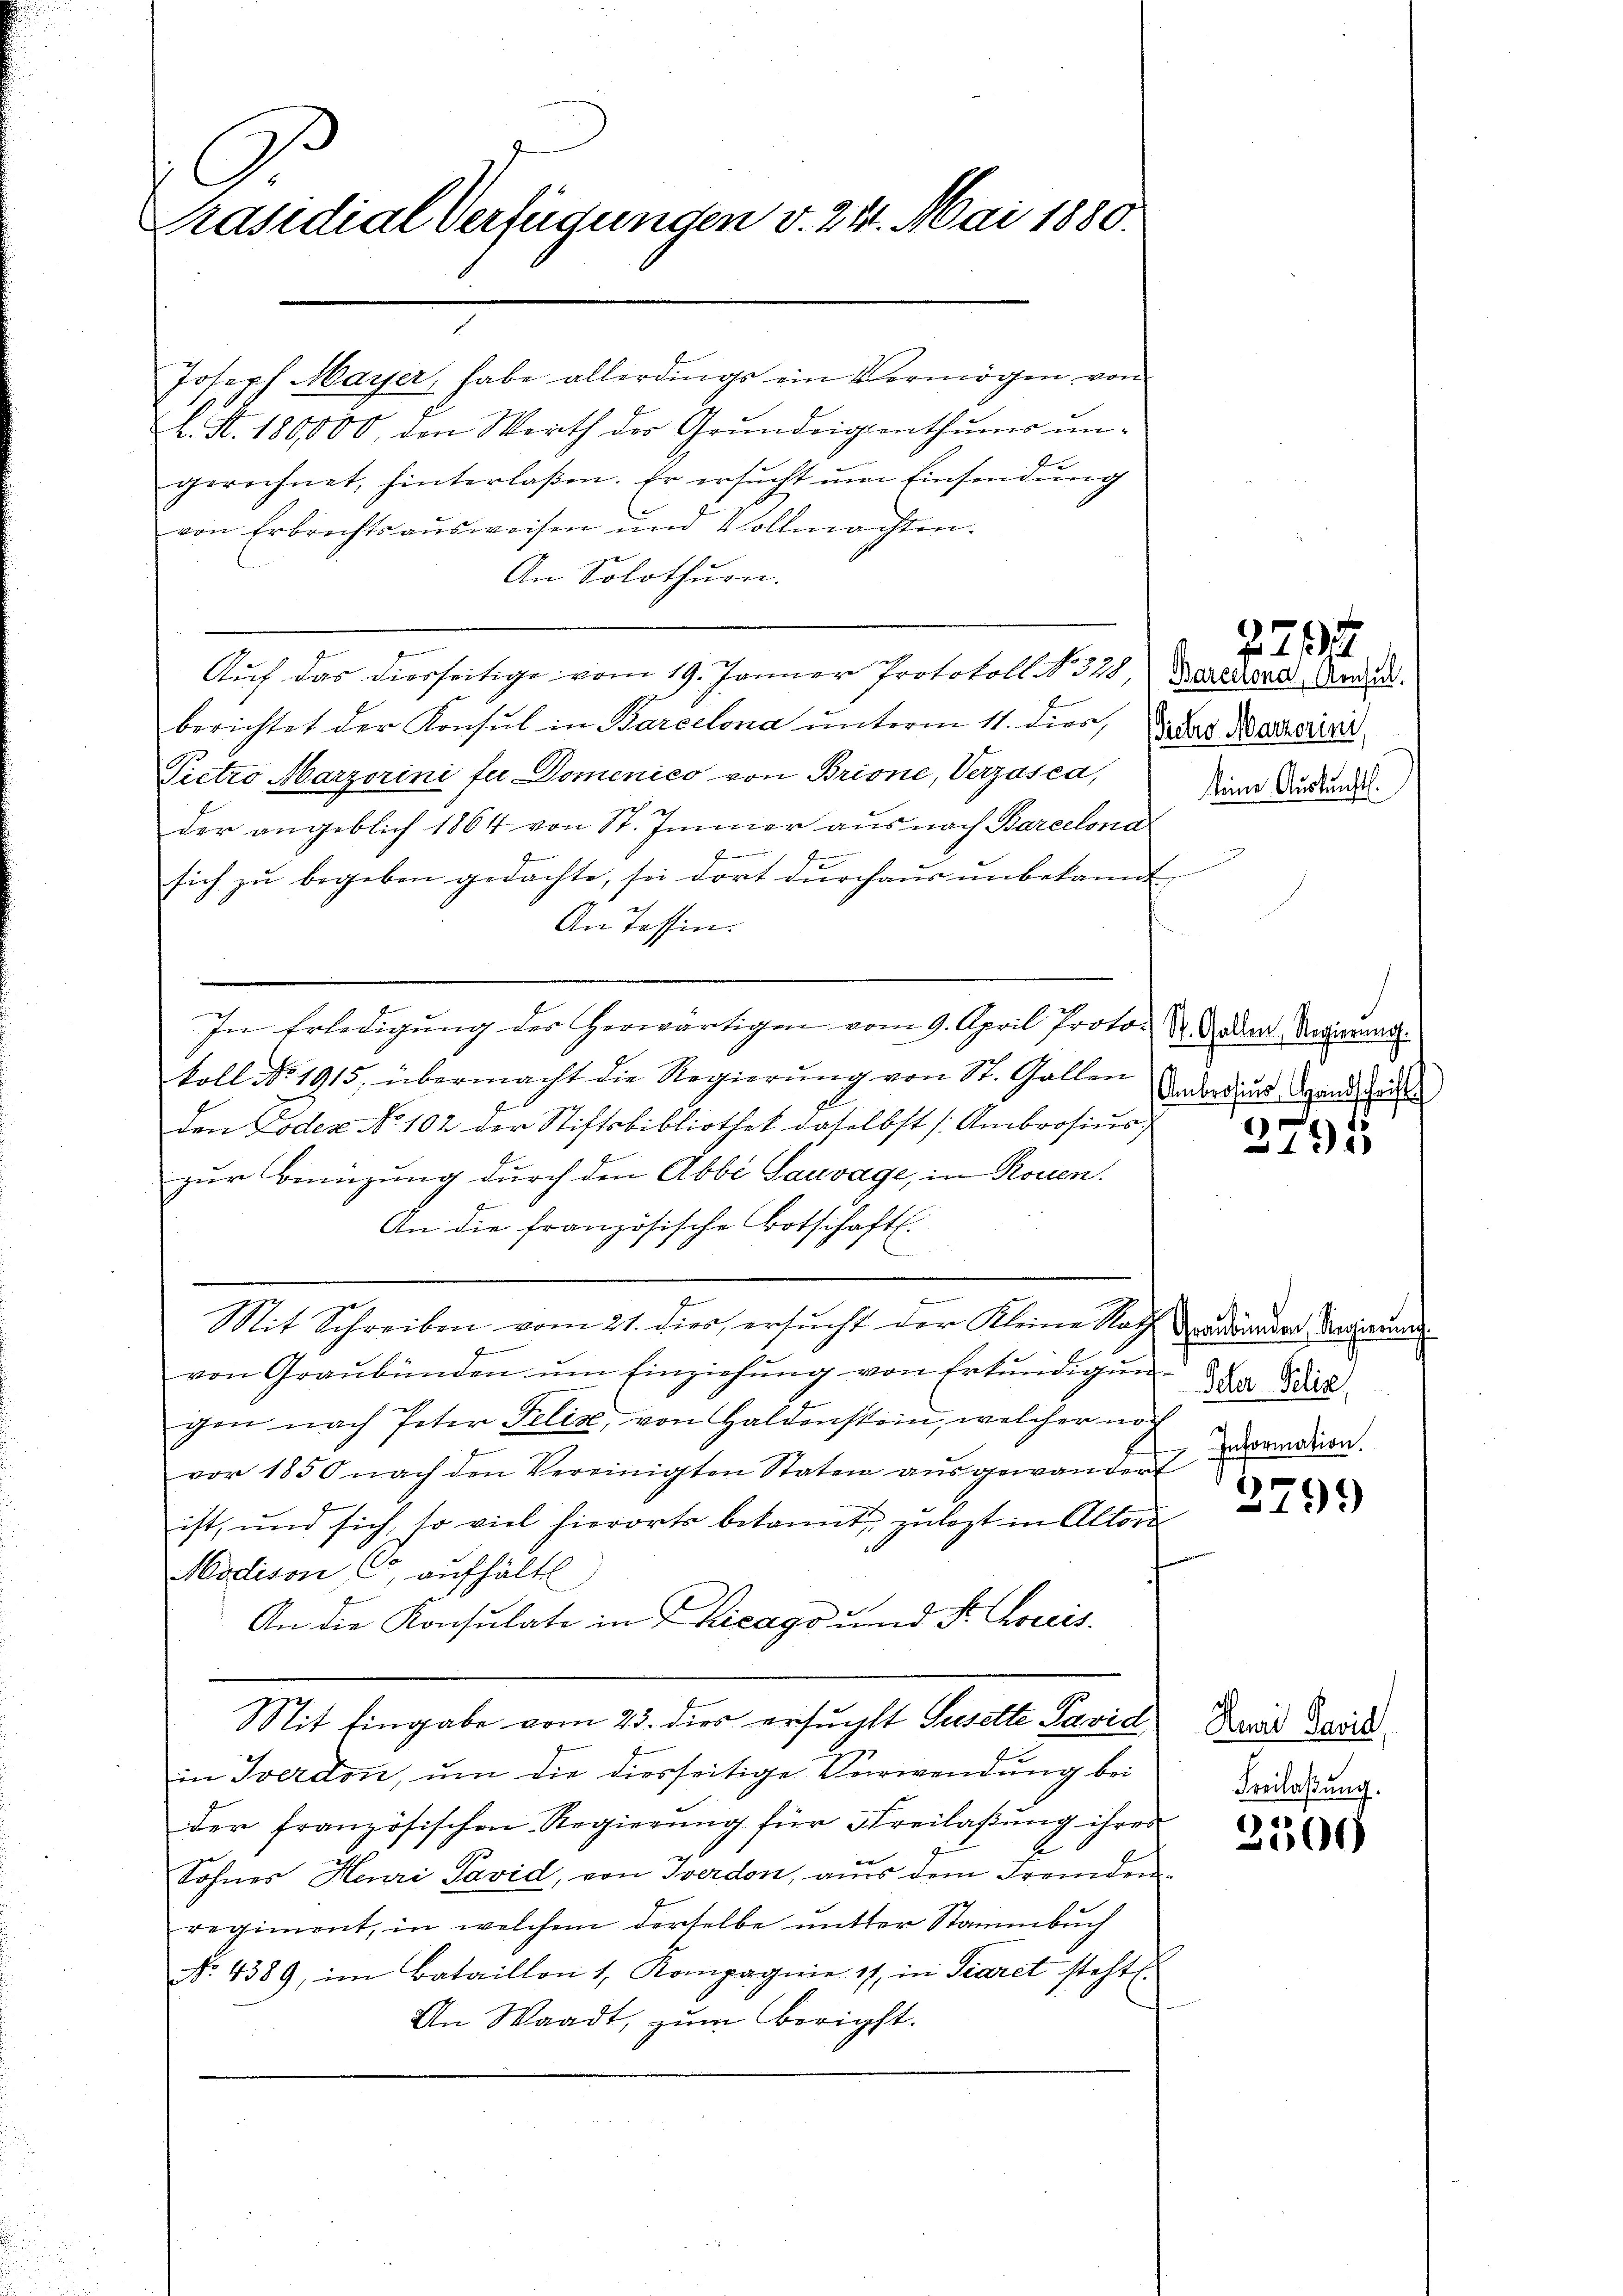
Präsidial-Verfügungen v. 24. Mai 1880.

Joseph Mayer, habe allerdings ein Vermögen, von
L. N. 180,000, den Werth der Grundeigenthums ungerechnet, hinterlaßen. Er ersŭcht ŭm Einsendŭng
von Erbrechtsausweisen und Vollmachten.
An Solothurn.
Auf das hierseitige vom 19. Jänner Protokoll No 328, Bereirere Andedi
berichtet der Konsul in Barcelona unterm 11. dies,
Pictro Marzorini fu Domenico von Brisne, Verzasca,
der angeblich 1864 von St. Immer aŭs nach Barcelona
F
f
sich zŭ begeben gedachte, sei dort durchaŭs ŭnbekannt
An Tassen.
In Erledigung des herwärtigen vom 9. April Proto- St. Gaden Regierung.
koll No 1915, übermacht die Regierŭng von St. Gallen
den Lodex No 102 der Stiftsbibliothek daselbst Ambrosius,
zur Beizung durch den Abbi Sauvage, in Rouen
An die französische Botschaft.
t
.
Brennen
Mit Schreiben vom 21. dies, ersucht der Kleine Nach der anden Regierung
von Graubünden um Einziehung von Erkundigungen nach Peter Felix, von Haldenstein, welcher noch
vor 1850 nach den Vereinigten Staten ausgewandert
ist, und sich, so viel hierorts bekannt, zulezt in Altor
Modison C, aufhältl
An die Konsulate in Chicago und Sr. Choris.
Mit Eingabe vom 23. dies ersucht Suselte Pavid
in verdon, um die diesseitige Verwendung bei
der französischen Regierung für Freilaßung ihres
A
Sohnes Henri Pavid, von Terdon, aus dem Fremdenregiment, in welchem derselbe mitter Stammbuch
No. 4389, im Bataillon 1, Kompagnie 11, in Siaret steht.
An Waadt, zum bericht.

(Gretro Marzerini,
keine Auskunft.

227

Ambrosius Handschrift

2791

Icher Poliz
Information.

3799

Rudi Savid
Freilaßung.

2300